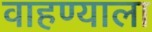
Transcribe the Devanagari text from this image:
वाहण्याला